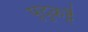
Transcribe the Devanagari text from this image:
पुदुकट्टै